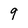
Character: 9